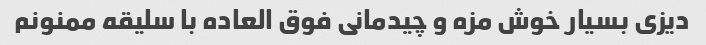
دیزی بسیار خوش مزه و چیدمانی فوق العاده با سلیقه ممنونم